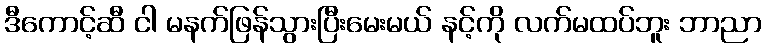
ဒီကောင့်ဆီ ငါ မနက်ဖြန်သွားပြီးမေးမယ် နင့်ကို လက်မထပ်ဘူး ဘာညာ